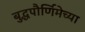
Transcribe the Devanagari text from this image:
बुद्धपौर्णिमेच्या